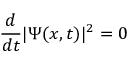
{ \frac { d } { d t } } | \Psi ( x , t ) | ^ { 2 } = 0